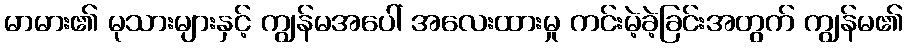
မာမား၏ မုသားများနှင့် ကျွန်မအပေါ် အလေးထားမှု ကင်းမဲ့ခဲ့ခြင်းအတွက် ကျွန်မ၏